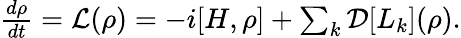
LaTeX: \begin{array}{r}{\frac{d\rho}{dt}=\mathcal{L}(\rho)=-i[H,\rho]+\sum_{k}\mathcal{D}[L_{k}](\rho).}\end{array}